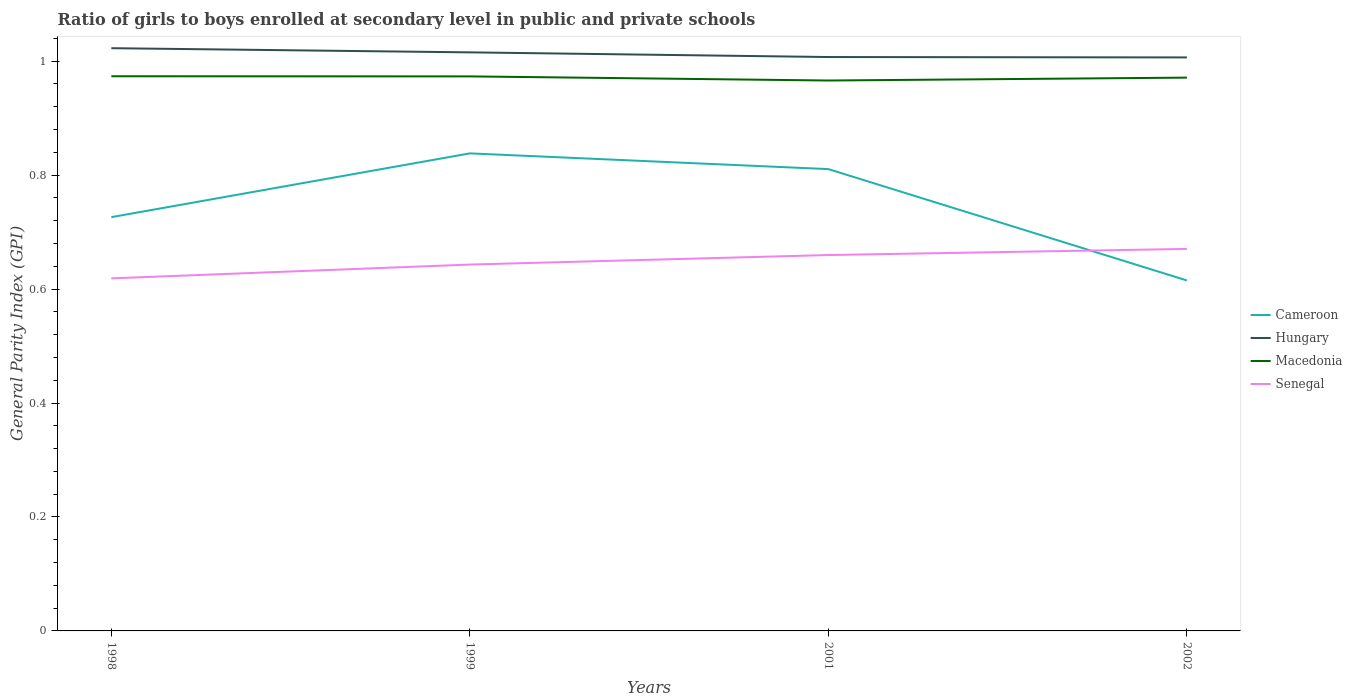
| Years | Cameroon | Hungary | Macedonia | Senegal |
 | --- | --- | --- | --- | --- |
 | 1998 | 0.726 | 1.02 | 0.973 | 0.619 |
 | 1999 | 0.838 | 1.02 | 0.973 | 0.643 |
 | 2001 | 0.81 | 1.01 | 0.966 | 0.66 |
 | 2002 | 0.615 | 1.01 | 0.971 | 0.67 |